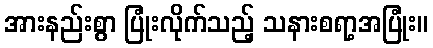
အားနည်းစွာ ပြုံးလိုက်သည့် သနားစရာ့အပြုံး။